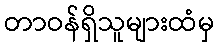
တာဝန်ရှိသူများထံမှ